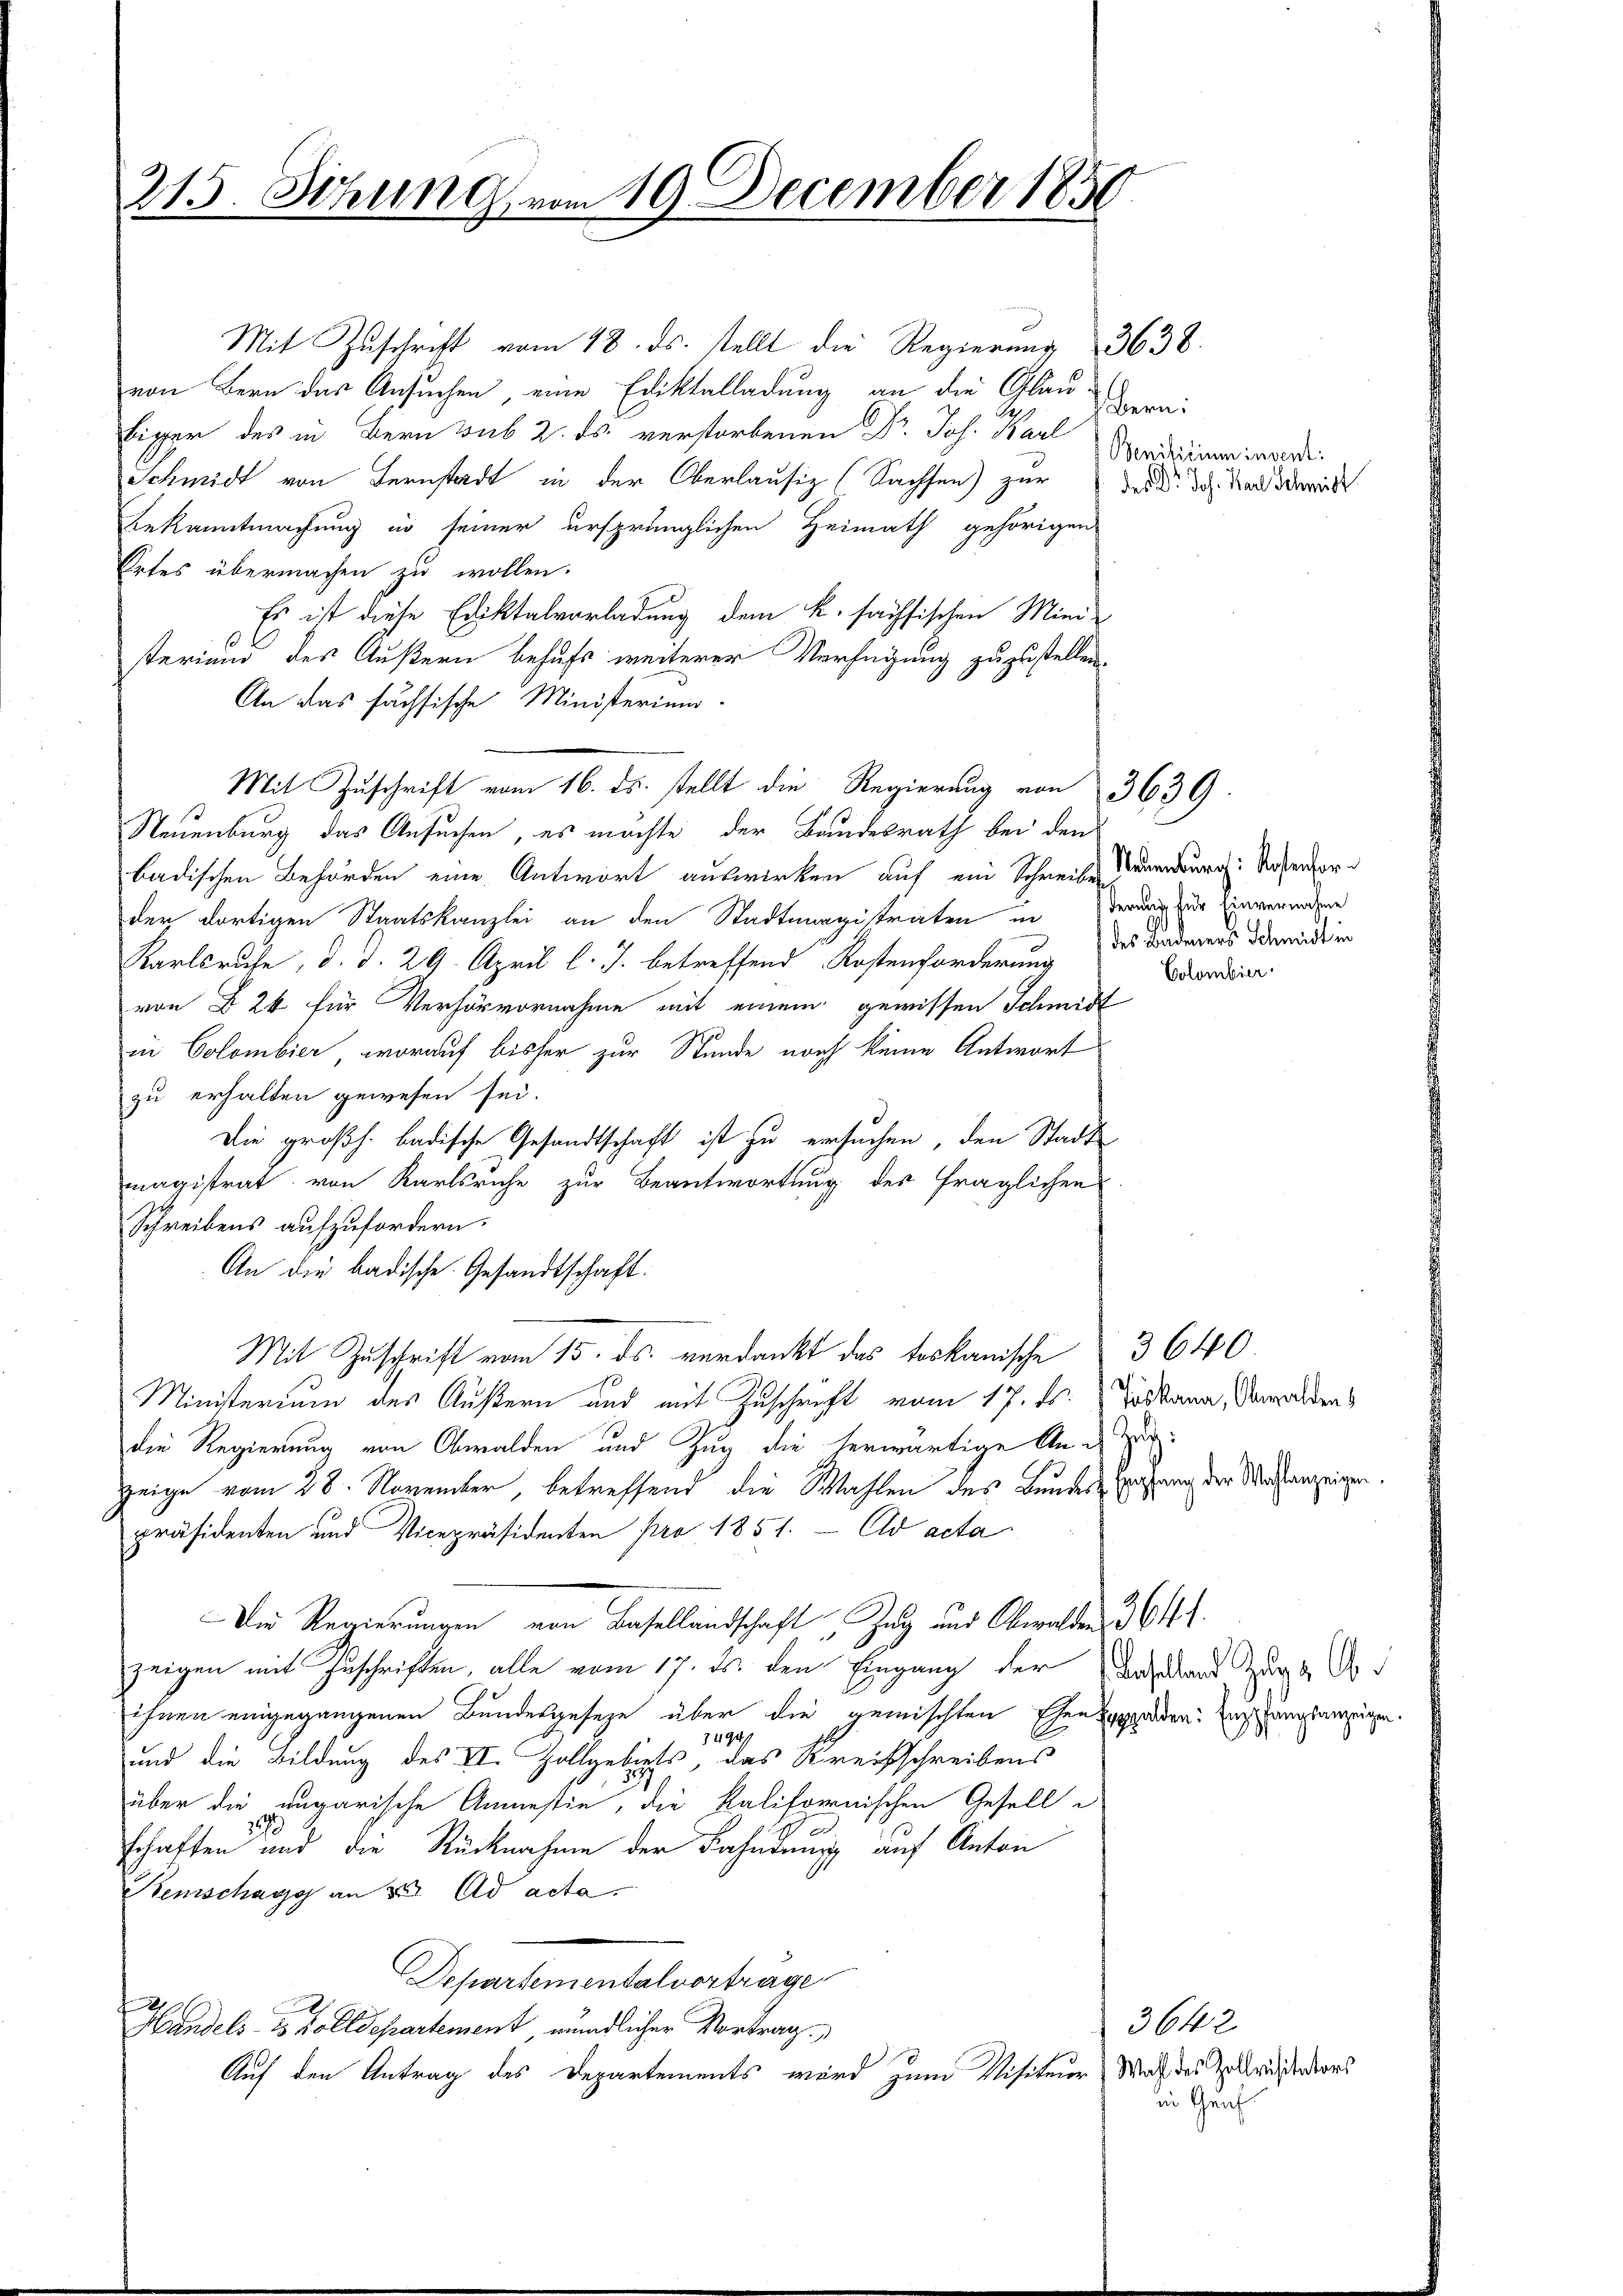
215. Sitzung vom 19. December 1850

Mit Zuschrift vom 18. ds. stellt die Regierung
von Bern das Ansuchen, eine Ediktalladung an die Glau
S
Eigen des in Bern sub 2. ds. verstorbenen Dr. Joh. Karl
Schmidt von Bernstadt in der Oberlaufig (Sachsen) zur
Bekanntmachung in seiner ursprünglichen Heimath gehörigen
Ertes übermachen zu wollen.
Es ist diese Ediktalverladung dem K. sächsischen Mini-
steriums des Äußern behufs weiterer Verfügung zuzustellen.
An das fachsische Ministerium.
Neuenburg das Ansuchen, es möchte der Bundesrath bei den
badischen Behörden eine Antwort auswirken auf ein Schreibe Daumburg: Kostenfor
der dortigen Staatskanzlei an den Stadtmagistraten inderung zur Einverendene
Karlsruhe, d. d. 29. April l. J. betreffend Kostenforderung des Badens darnadier
von § 24 für Verhör vornahme mit einem gewissen Schmidt
in Colombier, worauf bisher zur Stunde noch keine Antwort
zu erhalten gewesen sei.
Die großh. badische Gesandtschaft ist zu ersuchen, den Stadt
magistrat von Karlsruhe zur Beantwortung des fraglichen
Schreibens aufzufordern.
An die badische Gesandtschaft.
Mit Zuschrift vom 15. ds. verdankt das tookanische 3640
Ministerium des Äußern und mit Zuschrift vom 17. ds. Toskana, Anwaldens
die Regierung von Obwalden und Zug die herwärtige An-
zeige vom 28. November, betreffend die Wahlen des Bundes Verfang der Meistanzeigen.
präsidenten und Vicepräsidenten pro 1857. — Eid acta
Die Regierungen von Basellandschaft „Zug und Obwalden 361.
zeigen mit Zuschriften, alle vom 17. ds. den Eingang der Baselland Zuge Co
ihnen eingegangenen Bundesgeseze über die gemischten Ehen sapparden: Entlanglanzeigen.
74194.
und die Bildung des VI. Zollgebiets, das Kreisschreibens
über die rugarische Anmestie, die Kalifornischen Gesell
schaften und die Rücknahme der Fahndung auf Anton
Remschagy an 2. Ad acta
Departementalvortrage
2
Handels es Zolldepartement mündlicher Vortrag
Auf den Antrag des Departements wird zum Visiteur Maß des Zollrieders

Mit Zuschrift vom 16. ds. stellt die Regierung von 3639.

Bern:
Benificium invent:
des Dr. Jos. Karl Schmidt

3638.

Colombier.

3642.
in Graf